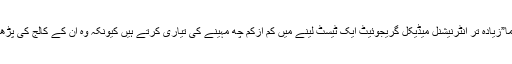
کچھ انٹرنیشنل میڈیکل گریجوئیٹ کافی محنت کرکے جلدی جلدی اپنے امتحان دے دیتے ہیں لیکن عموما”زیادہ تر انٹرنیشنل میڈیکل گریجوئیٹ ایک ٹیسٹ لینے میں کم ازکم چھ مہینے کی تیاری کرتے ہیں کیونکہ وہ ان کے کالج کی پڑھائی سے نہ صرف مختلف طریقے کا ہوتا ہے ، بلکہ کچھ مضامین تو انہوں نے پڑھے تک نہیں ہوتے۔